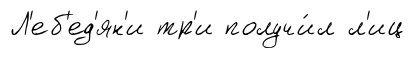
Л'еб'ед'ян'и тр'и получи́л л'иц